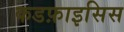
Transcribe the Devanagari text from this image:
कडफ़ाइसिस